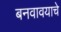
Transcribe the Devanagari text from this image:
बनवावयाचे